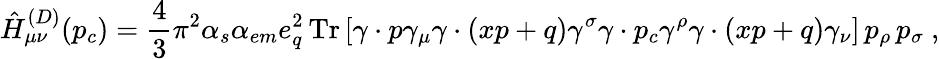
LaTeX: \hat{H}_{\mu\nu}^{(D)}(p_{c})=\frac{4}{3}\pi^{2}\alpha_{s}\alpha_{em}e_{q}^{2}\, \mathrm{Tr}\left[\gamma\cdot p\gamma_{\mu}\gamma\cdot(xp+q)\gamma^{\sigma}\gamma\cdot p_{c}\gamma^{\rho}\gamma\cdot(xp+q)\gamma_{\nu}\right]\, p_{\rho}\, p_{\sigma}\ ,